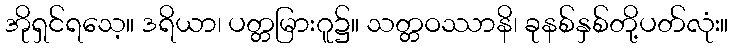
အိုရှင်ရသေ့။ ဒရိယာ၊ ပတ္တမြားဂူ၌။ သတ္တဝဿာနိ၊ ခုနစ်နှစ်တို့ပတ်လုံး။